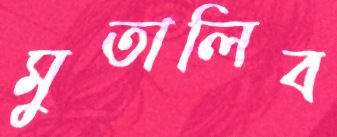
মুতালিব